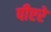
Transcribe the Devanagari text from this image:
पीएरे